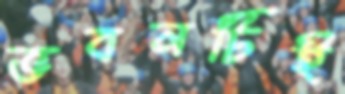
ভবনটিই